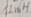
Text: 12mH